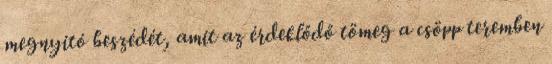
megnyitó beszédét, amit az érdeklődő tömeg a csöpp teremben